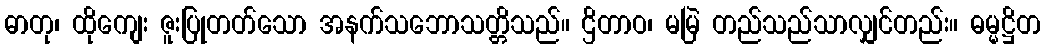
ဓာတု၊ ထိုကျေး ဇူးပြုတတ်သော အနက်သဘောသတ္တိသည်။ ဌိတာဝ၊ မမြဲ တည်သည်သာလျှင်တည်း။ ဓမ္မဋ္ဌိတ